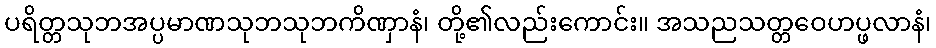
ပရိတ္တသုဘအပ္ပမာဏသုဘသုဘကိဏှာနံ၊ တို့၏လည်းကောင်း။ အသညသတ္တဝေဟပ္ဖလာနံ၊